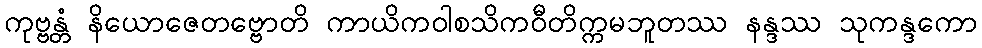
ကုဗ္ဗန္တံ နိယောဇေတဗ္ဗောတိ ကာယိကဝါစသိကဝီတိက္ကမဘူတဿ နန္ဒဿ သုကန္ဒကော